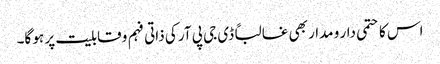
اس کا حتمی دار و مدار بھی غالباً ڈی جی پی آر کی ذاتی فہم و قابلیت پر ہو گا۔